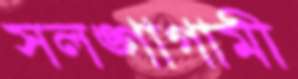
সলঙ্গাগামী